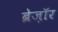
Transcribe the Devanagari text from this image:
ब्रेज़ाॅर